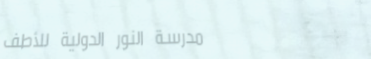
مدرسة النور الدولية للأطف